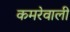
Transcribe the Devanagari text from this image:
कमरेवाली